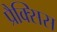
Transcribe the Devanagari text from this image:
प्रैक्सिस